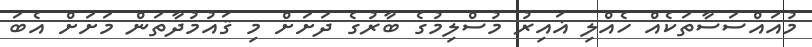
މުއައްސަސާތަކެއް ހެއްލި ޣައިރު މުސްލިމުގެ ބާރުގެ ދަށަށް މި ޤައުމުދާތަން މަށަށް އެބަ